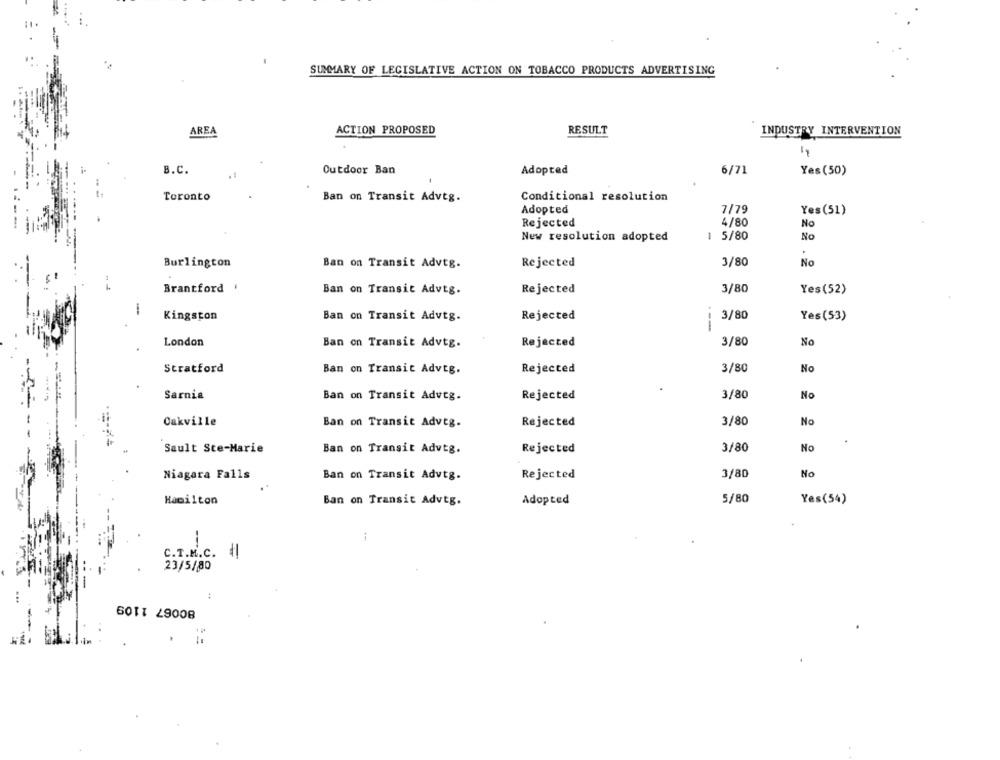
SUMMARY OF LEGISLATIVE ACTION ON TOBACCO PRODUCTS ADVERTISING
AREA
RESULT
ACTION PROPOSED
INDUSTRY INTERVENTION
B.C.
Outdoor Ban
Adopted
6/71
Yes (50)
Toronto
Ban on Transit Advtg.
Conditional resolution
Adopted
7/79
Yes(51)
Rejected
4/80
No
1 5/80
New resolution adopted
No
Burlington
Ban on Transit Advtg.
Rejected
3/80
No
Brantford
Ban on Transit Advtg.
Rejected
3/80
Yes(52)
Kingston
Ban on Transit Advtg.
Rejected
3/80
Yes(53)
--
London
3/80
No
Ban on Transit Advtg.
Rejected
Stratford
Ban on Transit Advtg.
Rejected
3/80
No
Sarnia
Ban on Transit Advtg.
3/80
No
Rejected
Oakville
Ban on Transit Adveg.
Rejected
3/80
No
Sault Ste-Marie
Ban on Transit Advtg.
3/80
No
Rejected
Niagara Falls
Ban on Transit Advtg.
Rejected
3/80
No
Hamilton
Ban on Transit Advtg.
Adopted
5/80
Yes(54)
C.T.M.C.
=
23/5/80
80067 1109